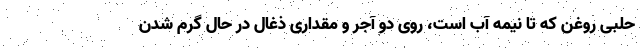
حلبی روغن که تا نیمه آب است، روی دو آجر و مقداری ذغال در حال گرم شدن